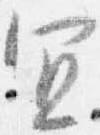
宜